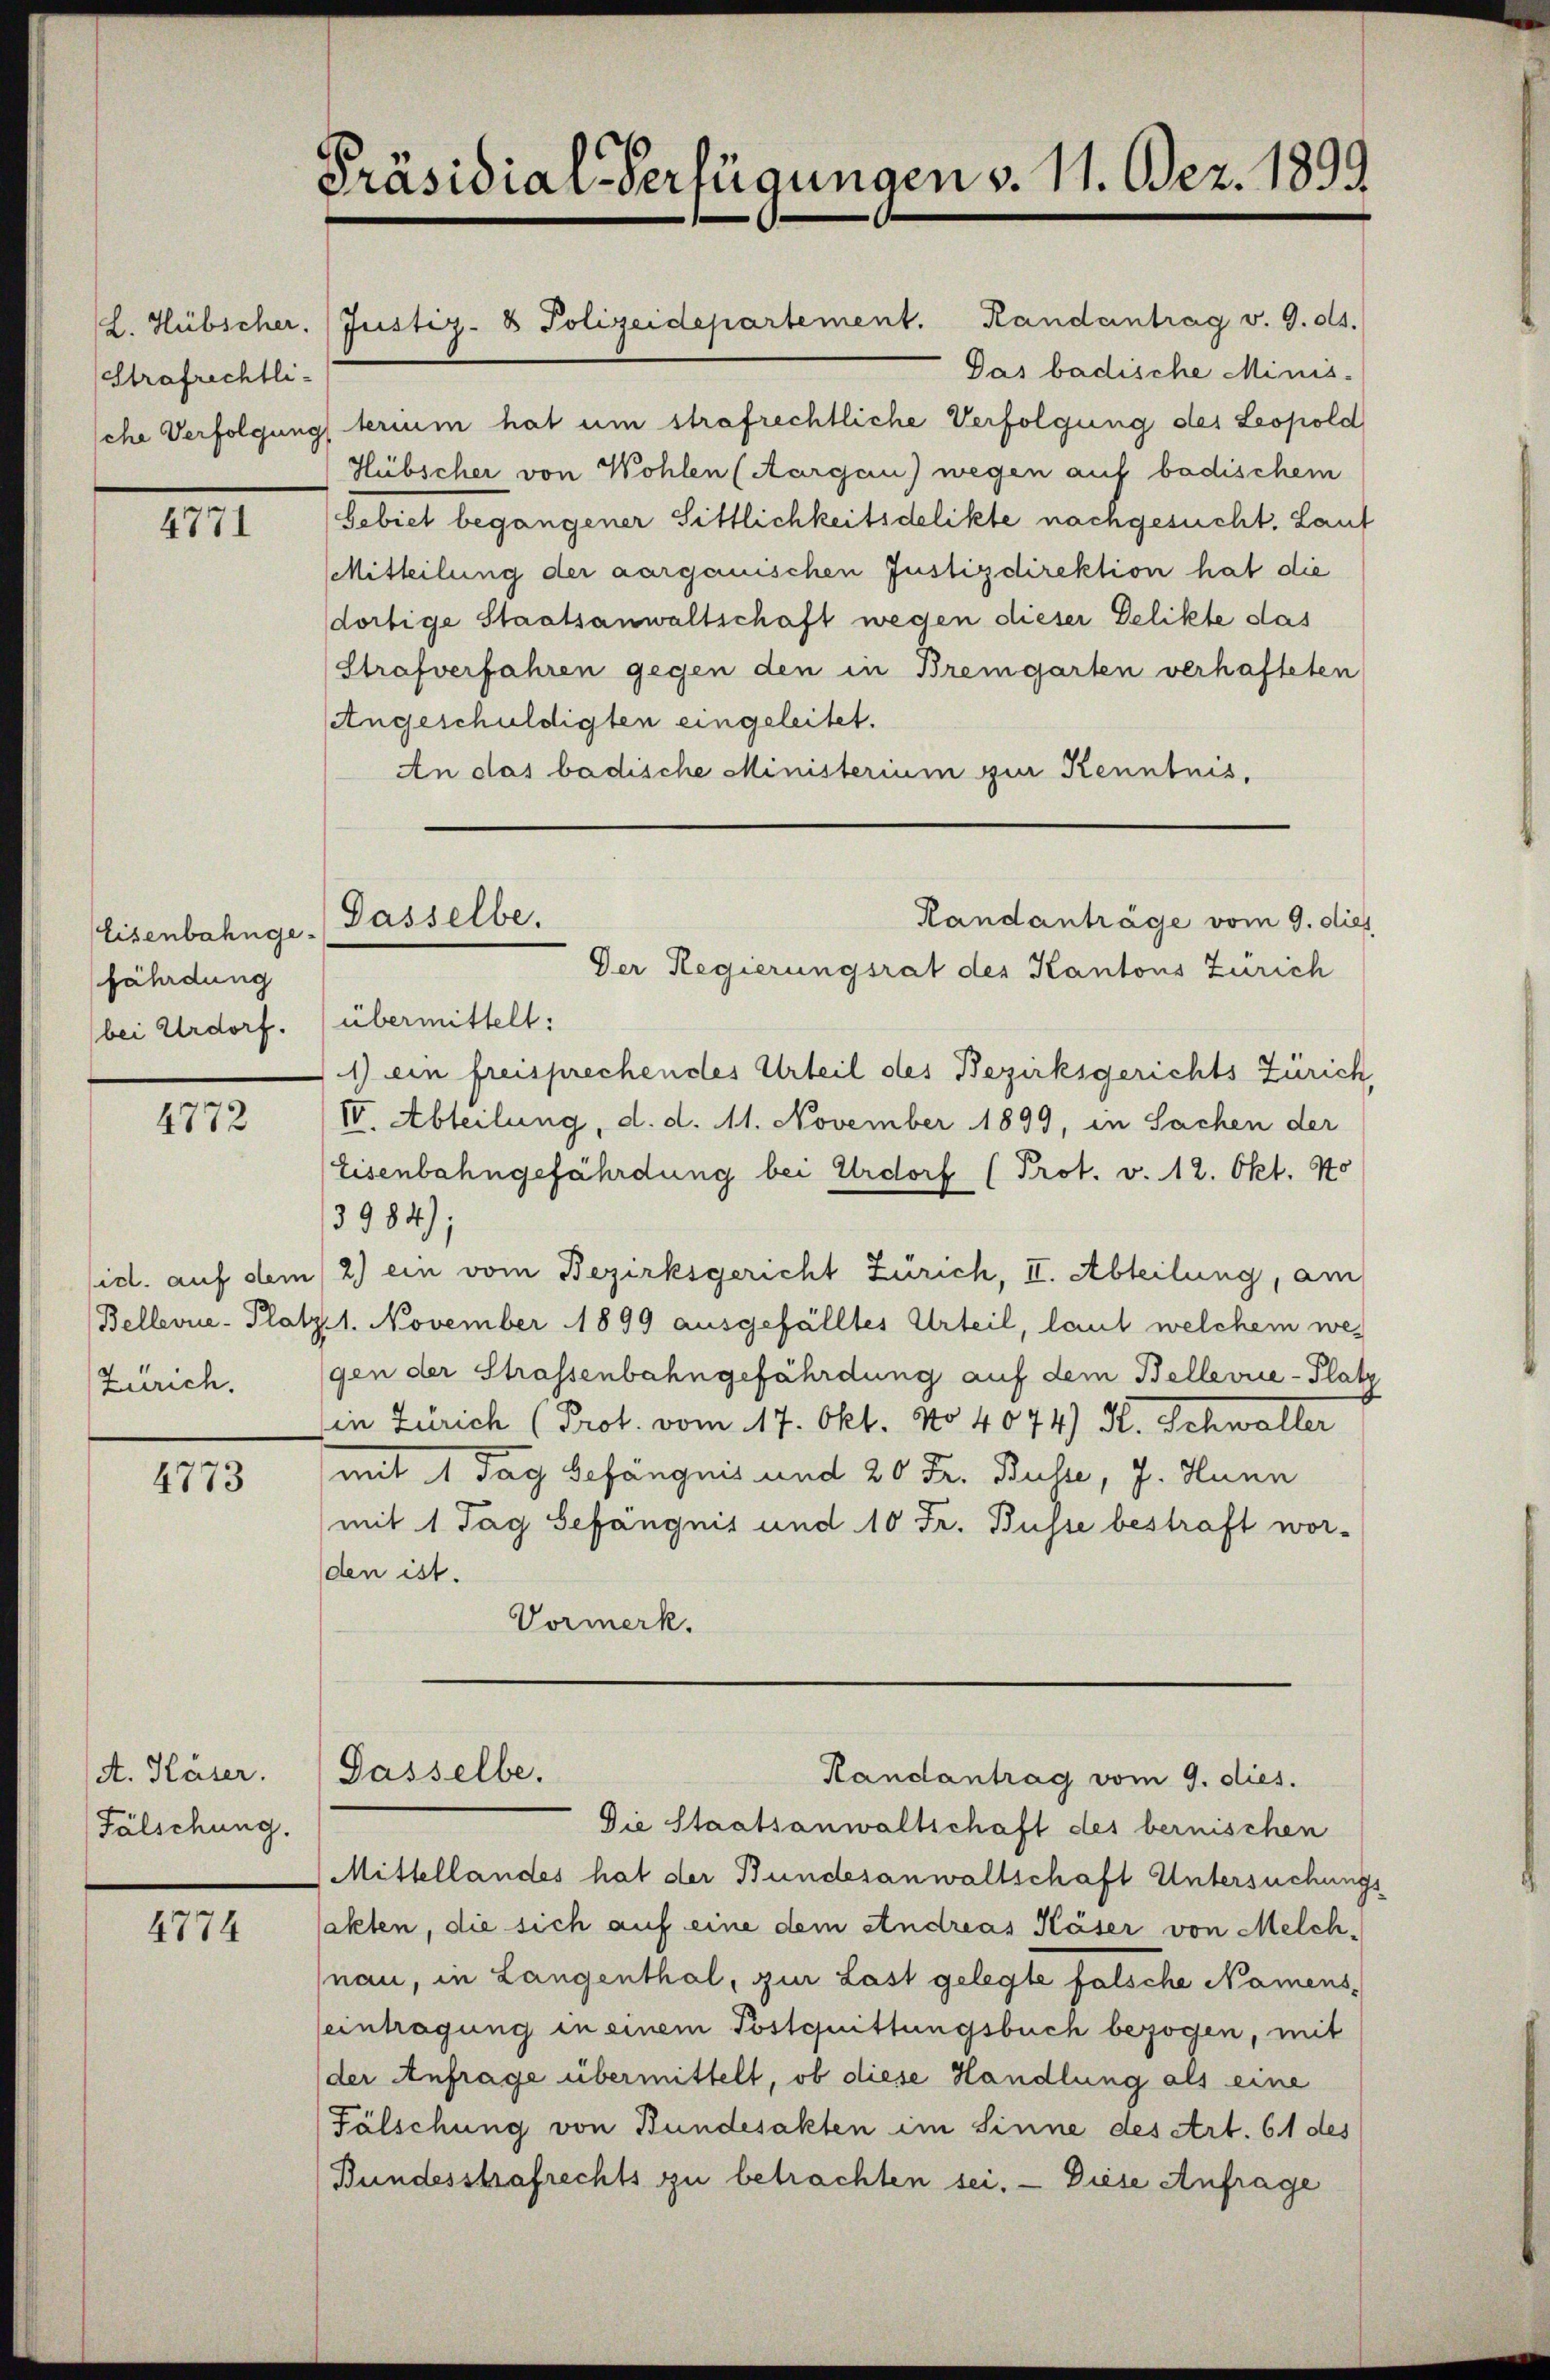
Strafrechtli-

4771

Eisenbahnge-
fährdung
bei Urdorf. (übermittelt:

4772

Zürich.

4773

A. Käser.
Fälschung.

4774

Präsidial-Verfügungen v. 11. Dez. 1899

(L. Hübscher. (Justiz- & Polizeidepartement. Randantrag v. 9. ds.
Das badische Minis-
sche Verfolgung terium hat um strafrechtliche Verfolgung des Leopold
Hübscher von Wohlen (Aargau) wegen auf badischem
Gebiet begangener Sittlichkeitsdelikte nachgesucht. Lauf
(Mitteilung der aargauischen Justizdirektion hat die
dortige Staatsanwaltschaft wegen dieser Delikte das
Strafverfahren gegen den in Bremgarten verhafteten
sangeschuldigten eingeleitet.
An das badische Ministerium zur Kenntnis,

Dasselbe.

Gasselbe.

Der Regierungsrat des Kantons Zürich
1) ein freisprechendes Urteil des Bezirksgerichts Zürich,
IV. Abteilung, d. d. 11. November 1899, in Sachen der
Eisenbahngefährdung bei Urdorf (Prot. v. 12. Okt. No
3984);
sicl. auf dem 2) ein vom Bezirksgericht Zürich, II. Abteilung, am
Bellevue-Platz. 1. November 1899 ausgefälltes Urteil, laut welchem wes
gen der Strassenbahngefährdung auf dem Bellerie-Platz
in Zürich (Prot. vom 17. Okt. No 4074) H. Schwalter
mit 1 Tag Gefängnis und 20 Fr. Buche, J. Hunn
(mit 1 Tag Gefängnis und 10 Fr. Busse bestraft worden ist.
Vormerk.

Randanträge vom 9. dies

Handantrag vom 9. dies.

Die Staatsanwaltschaft des bernischen
Mittellandes hat der Bundesanwaltschaft Untersuchungs
sakten, die sich auf eine dem Andreas Käser von Melchnau, in Langenthal, zur Last gelegte falsche Namens,
eintragung in einem Postquittungsbuch bezogen, mit
der Anfrage übermittelt, ob diese Handlung als eine
Fälschung von Bundesakten im Sinne des Art. 61 des
Bundesstrafrechts zu betrachten sei. — Diese Anfrage